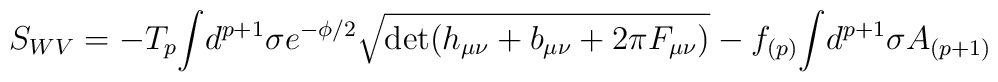
S_{WV} = -T_p {\int} d^{p+1} \sigma e^{- {\phi}/2} \sqrt{\det (h_{\mu \nu} + b_{\mu \nu} + 2 \pi F_{\mu \nu})} - \nonumber \\f_{(p)} {\int} d^{p+1} \sigma A_{(p+1)}